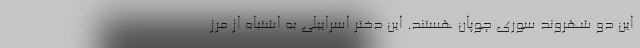
این دو شهروند سوری چوپان هستند. این دختر اسراییلی به اشتباه از مرز